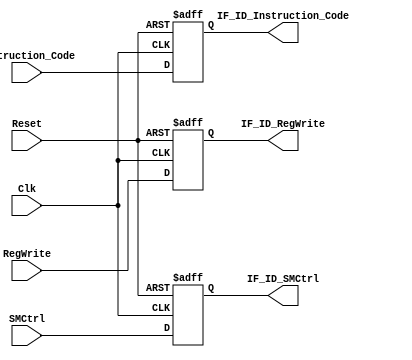
`timescale 1ns / 1ps
//////////////////////////////////////////////////////////////////////////////////
// Company: 
// Engineer: 
// 
// Design Name: 
// Module Name:    IF_ID_Reg 
// Project Name: 
// Target Devices: 
// Tool versions: 
// Description: 
//
// Dependencies: 
//
// Revision: 
// Revision 0.01 - File Created
// Additional Comments: 
//
//////////////////////////////////////////////////////////////////////////////////
module IF_ID_Reg(
	input Clk, input Reset, input RegWrite, input SMCtrl, input [7:0] Instruction_Code,
	output reg IF_ID_RegWrite, output reg IF_ID_SMCtrl, output reg [7:0] IF_ID_Instruction_Code
    );
	
	 always@(posedge Clk, negedge Reset)
	 begin
	 if(Reset==0)
		begin
		IF_ID_Instruction_Code <= 0;
		IF_ID_RegWrite <= 0;
		IF_ID_SMCtrl <= 0;
		end
	 else
		begin
		IF_ID_Instruction_Code <= Instruction_Code;
		IF_ID_RegWrite <= RegWrite;
		IF_ID_SMCtrl <= SMCtrl;
		end
	 end

endmodule